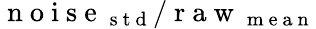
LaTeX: \mathrm{~n~o~i~s~e~}_{\mathrm{~s~t~d~}}/\mathrm{~r~a~w~}_{\mathrm{~m~e~a~n~}}